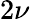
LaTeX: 2\nu